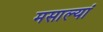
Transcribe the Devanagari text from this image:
मसाल्यां